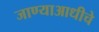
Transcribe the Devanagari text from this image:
जाण्याआधीचे